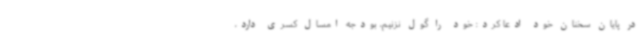
در پایان سخنان خود ادعا کرد: خود را گول نزنیم، بودجه امسال کسری دارد،